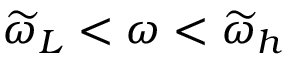
\widetilde { \omega } _ { L } < \omega < \widetilde { \omega } _ { h }